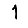
Digit: 1